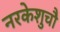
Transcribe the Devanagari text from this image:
नरकेशुचौ